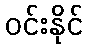
ဝင်းနိုင်